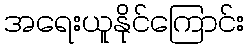
အရေးယူနိုင်ကြောင်း